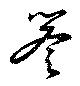
誉